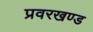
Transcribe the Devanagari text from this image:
प्रवरखण्ड